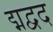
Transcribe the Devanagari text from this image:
द्मद्वद